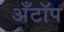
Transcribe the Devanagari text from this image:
अँटॉप